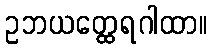
ဥဘယတ္ထေရဂါထာ။